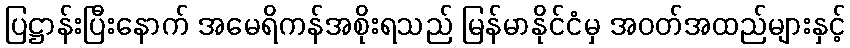
ပြဋ္ဌာန်းပြီးနောက် အမေရိကန်အစိုးရသည် မြန်မာနိုင်ငံမှ အဝတ်အထည်များနှင့်